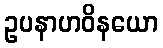
ဥပနာဟဝိနယော